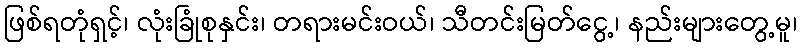
ဖြစ်ရတုံရှင့်၊ လုံးခြုံစုနှင်း၊ တရားမင်းဝယ်၊ သီတင်းမြတ်ငွေ့၊ နည်းများတွေ့မူ၊